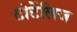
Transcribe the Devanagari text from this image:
टोर्टेलिज